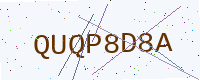
Text: QUQP8D8A